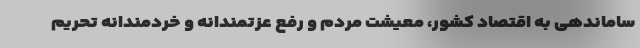
ساماندهی به اقتصاد کشور، معیشت مردم و رفع عزتمندانه و خردمندانه تحریم